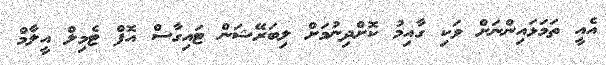
އެއީ ތަމަޅައިންނަށް ވަކި ގާއިމު ކޮށްދިނުމަށް ލިބަރޭޝަން ޓައިގާސް އޮފް ޓެމިލް އީލާމް